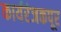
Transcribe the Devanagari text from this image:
कार्यरंजकपूर